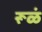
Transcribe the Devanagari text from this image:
रूळं